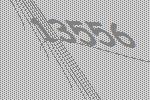
13556